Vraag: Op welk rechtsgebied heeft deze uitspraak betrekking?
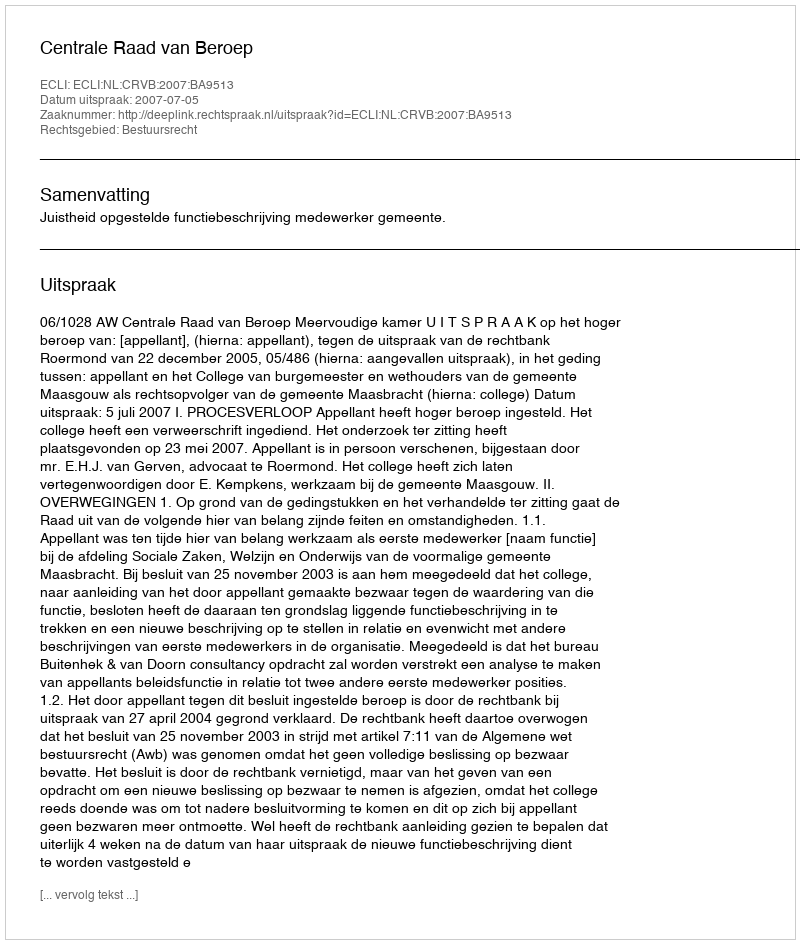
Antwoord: Bestuursrecht